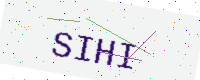
Text: SIHI